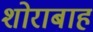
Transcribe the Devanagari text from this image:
शोराबाह